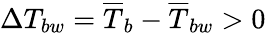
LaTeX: \Delta T_{bw}=\overline{{T}}_{b}-\overline{{T}}_{bw}>0